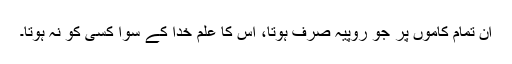
ان تمام کاموں پر جو روپیہ صَرف ہوتا، اس کا علم خدا کے سوا کسی کو نہ ہوتا۔